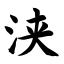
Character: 浃